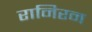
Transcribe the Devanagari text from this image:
रानिरन